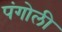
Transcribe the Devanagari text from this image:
पंगोली